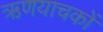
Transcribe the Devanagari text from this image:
ऋणयाचकों